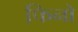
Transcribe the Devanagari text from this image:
फिनो